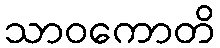
သာဝကောတိ